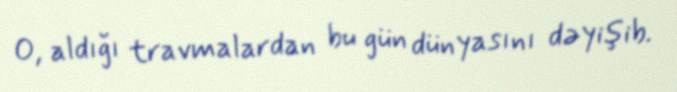
O, aldığı travmalardan bu gün dünyasını dəyişib.